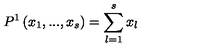
P ^ { 1 } \left( x _ { 1 } , . . . , x _ { s } \right) = \sum _ { l = 1 } ^ { s } x _ { l }